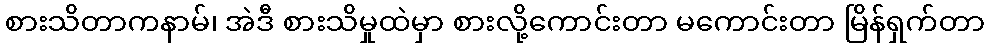
စားသိတာကနာမ်၊ အဲဒီ စားသိမှုထဲမှာ စားလို့ကောင်းတာ မကောင်းတာ မြိန်ရှက်တာ